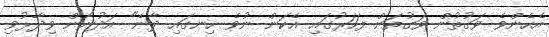
އެހެންވެ ވަގުތުން ވަގުތަށް ފަހަރުގައި އެކަން ނުވެ ހިނގައި ދާނެ" އަދުނާން ވިދާޅުވި